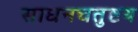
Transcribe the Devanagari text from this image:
साधनचतुष्टय